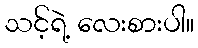
သင့်ရဲ့ လေးစားပါ။